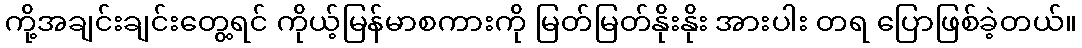
ကို့အချင်းချင်းတွေ့ရင် ကိုယ့်မြန်မာစကားကို မြတ်မြတ်နိုးနိုး အားပါး တရ ပြောဖြစ်ခဲ့တယ်။